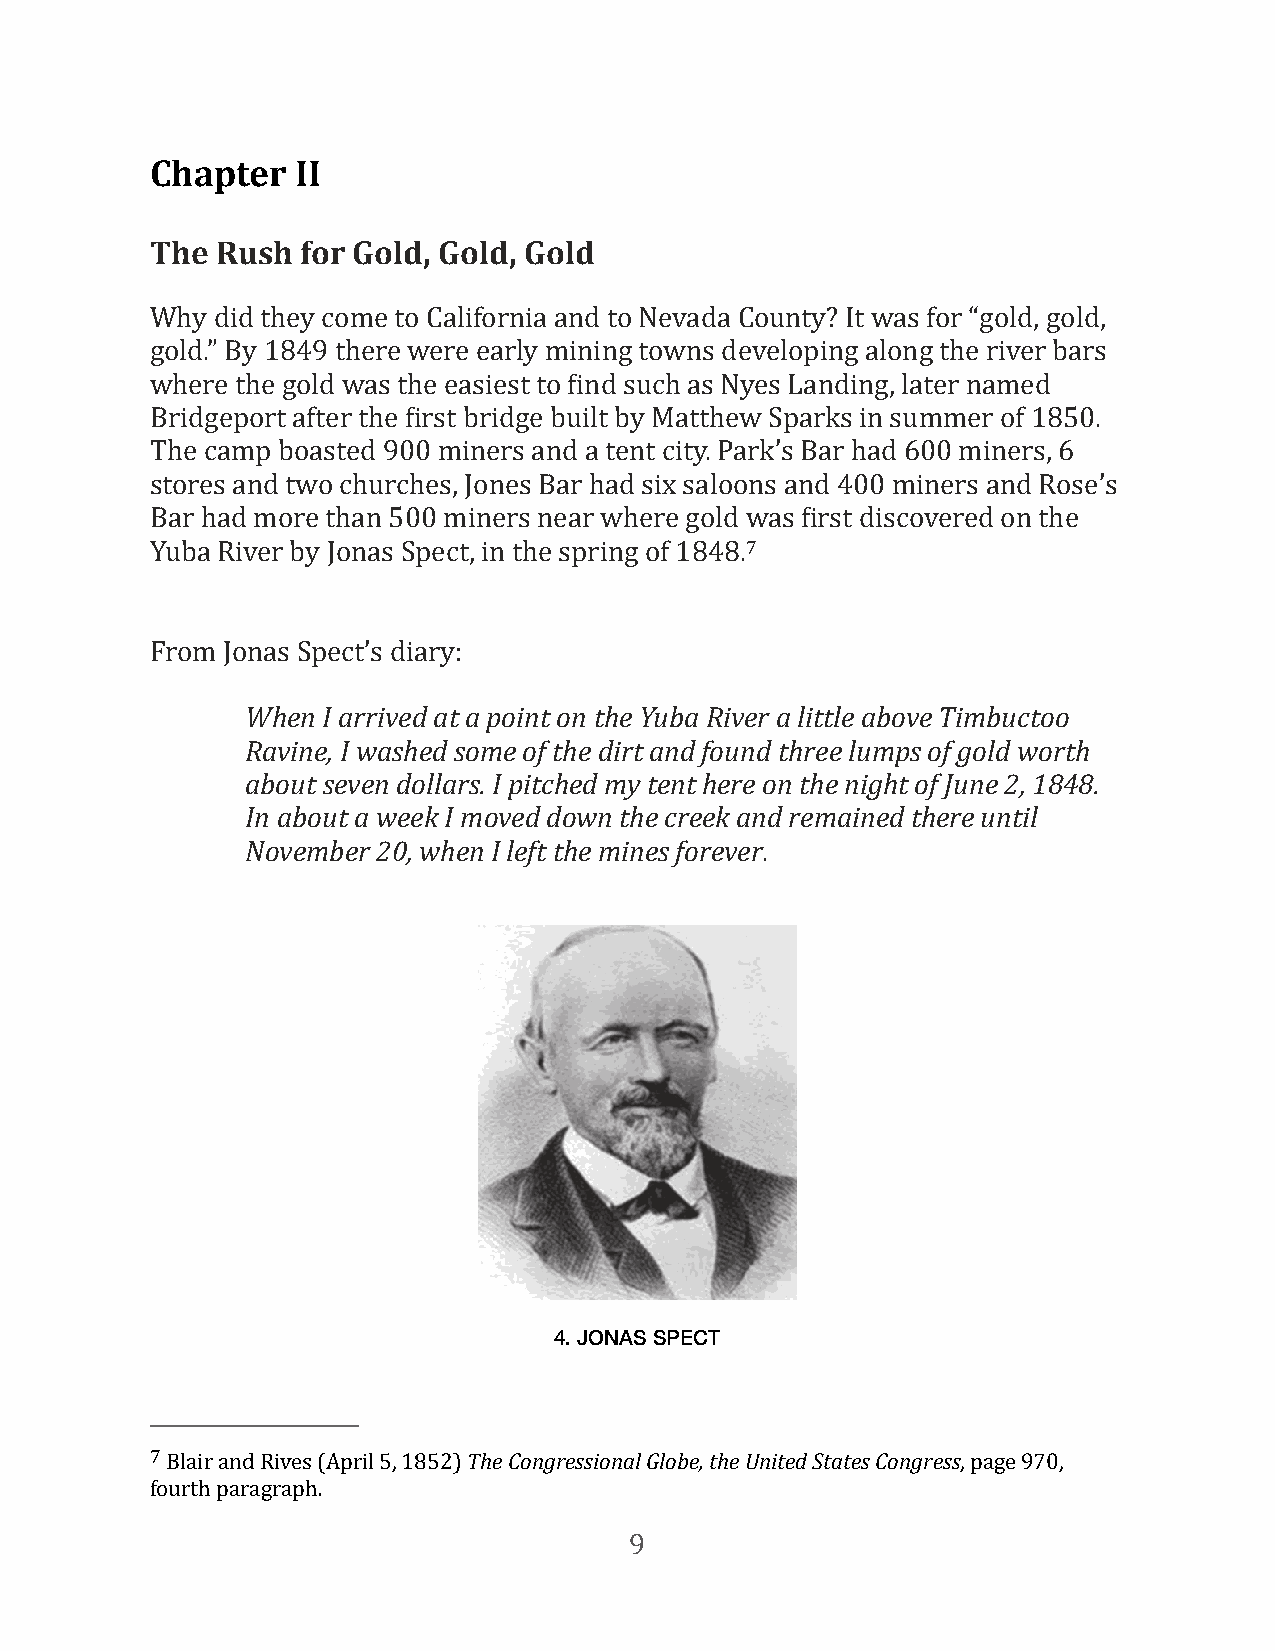
Chapter   II
 The Rush  for Gold, Gold, Gold
 Why did they come to California and to Nevada County? It was for “gold, gold,
 gold.” By 1849 there were early mining towns developing along the river bars
 where the gold was the easiest to Find such as Nyes Landing, later named
 Bridgeport after the First bridge built by Matthew Sparks in summer of 1850.
 The camp boasted 900 miners and a tent city. Park’s Bar had 600 miners, 6
 stores and two churches, Jones Bar had six saloons and 400 miners and Rose’s
 Bar had more than 500 miners near where gold was First discovered on the
 Yuba River by Jonas Spect, in the spring of 1848.7
 From Jonas Spect’s diary:
 When I arrived at a point on the Yuba River a little above Timbuctoo
 Ravine, I washed some of the dirt and found three lumps of gold worth
 about seven dollars. I pitched my tent here on the night of June 2, 1848.
 In about a week I moved down the creek and remained there until
 November 20, when I left the mines forever.
 4. JONAS SPECT
 7 Blair and Rives (April 5, 1852) The Congressional Globe, the United States Congress, page 970,
 fourth paragraph.
 9